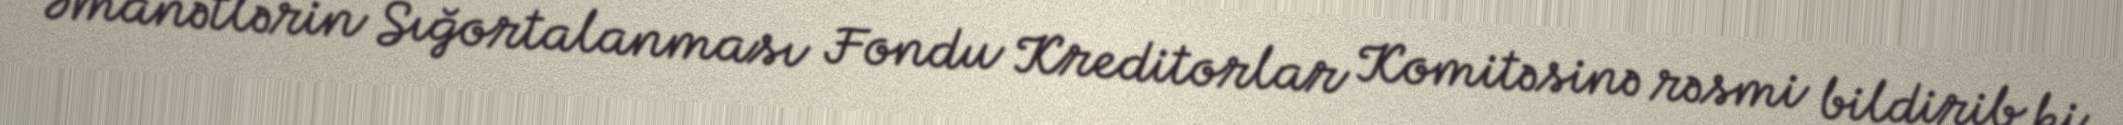
Əmanətlərin Sığortalanması Fondu Kreditorlar Komitəsinə rəsmi bildirib ki,